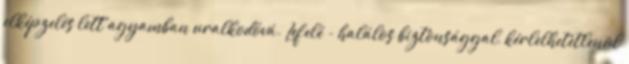
elképzelés lett agyamban uralkodóvá. Lefelé - halálos biztonsággal, kérlelhetetlenül